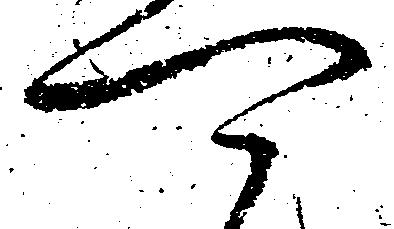
可